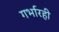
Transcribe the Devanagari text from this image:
गर्भारही